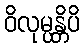
ဝိလုမ္ပန္တိပိ